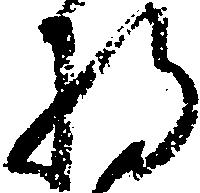
将